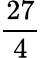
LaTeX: \frac{27}{4}